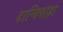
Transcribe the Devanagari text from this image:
दान्तिवाड़ा